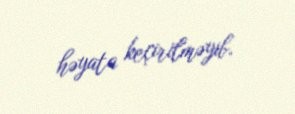
həyata keçirilməyib.